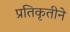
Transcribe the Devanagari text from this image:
प्रतिकृतीने